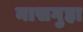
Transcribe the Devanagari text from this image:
नासगुहा